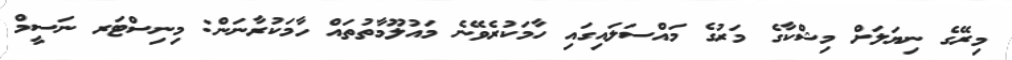
މިރޭގެ ނިޔަލަށް މިޝްކާގެ މަރުގެ މައްސަލައިގައި ހާމަކުރެވޭނެ މައުލޫމާތުތައް ހާމަކުރާނަން: މިނިސްޓަރ ނަސީމް